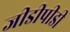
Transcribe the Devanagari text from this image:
जीडीपीडी